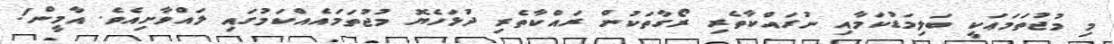
މި މުޖުތަމަޢަކީ ބަލިމަޑުކަމާއި ނުރައްކާތެރި ރޯގާތަކުން ރައްކާތެރި ދުޅަހެޔޮ މުޖުތަމައެއްކަމުގައި ލައްވާށިއެވެ. އާމީން!